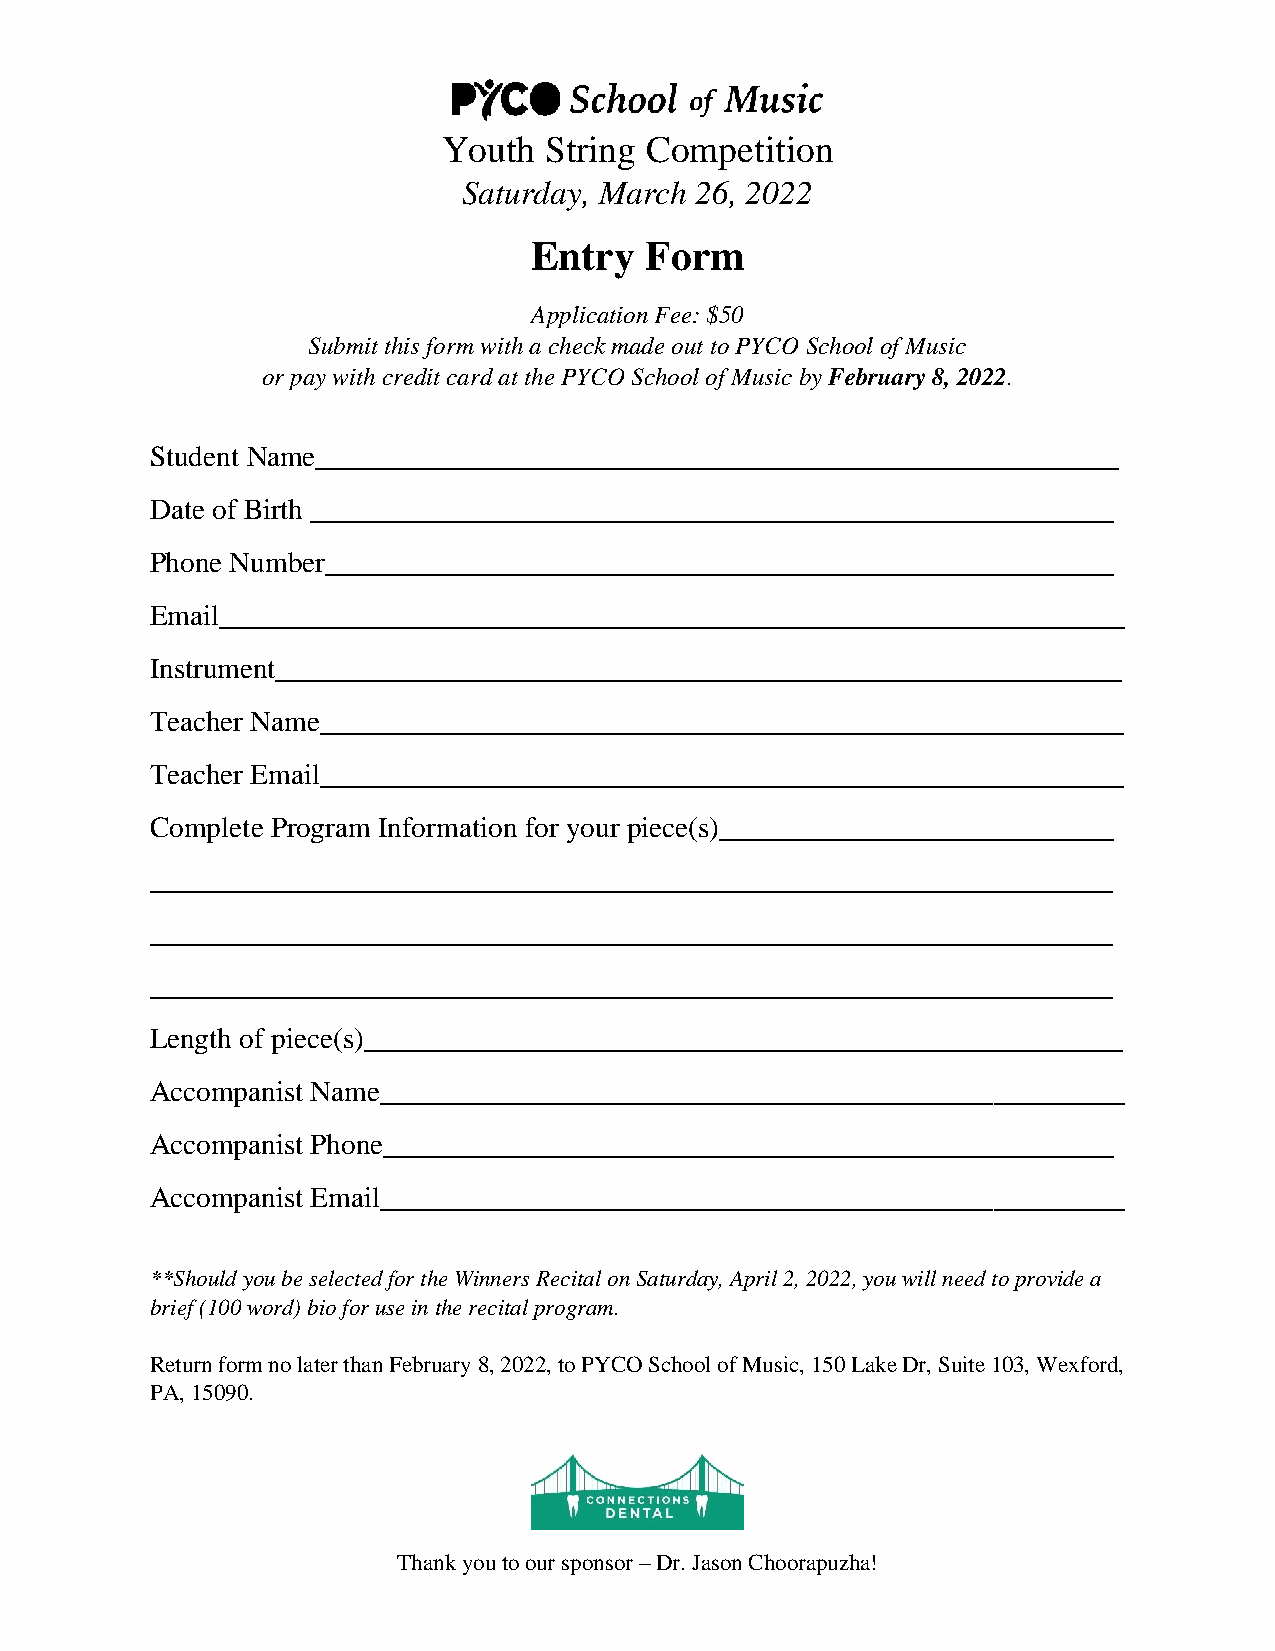
Youth  String Competition
 Saturday, March 26, 2022
 Entry   Form
 Application Fee: $50
 Submit this form with a check made out to PYCO School of Music
 or pay with credit card at the PYCO School of Music by February 8, 2022.
 Student Name_______________________________________________________
 Date of Birth _______________________________________________________
 Phone Number______________________________________________________
 Email______________________________________________________________
 Instrument__________________________________________________________
 Teacher Name_______________________________________________________
 Teacher Email_______________________________________________________
 Complete Program Information for your piece(s)___________________________
 __________________________________________________________________
 __________________________________________________________________
 __________________________________________________________________
 Length of piece(s)____________________________________________________
 Accompanist Name___________________________________________________
 Accompanist Phone__________________________________________________
 Accompanist Email___________________________________________________
 **Should you be selected for the Winners Recital on Saturday, April 2, 2022, you will need to provide a
 brief (100 word) bio for use in the recital program.
 Return form no later than February 8, 2022, to PYCO School of Music, 150 Lake Dr, Suite 103, Wexford,
 PA, 15090.
 Thank you to our sponsor – Dr. Jason Choorapuzha!